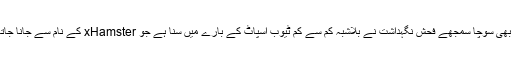
کسی بھی سوچا سمجھے فحش نگہداشت نے بلاشبہ کم سے کم ٹیوب اسپاٹ کے بارے میں سنا ہے جو xHamster کے نام سے جانا جاتا ہے۔